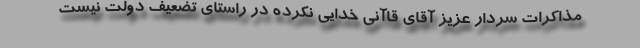
مذاکرات سردار عزیز آقای قاآنی خدایی نکرده در راستای تضعیف دولت نیست